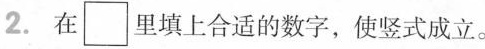
2. 在 \Box里填上合适的数字，使竖式成立。